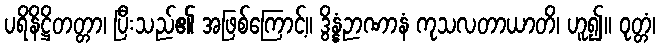
ပရိနိဋ္ဌိတတ္တာ၊ ပြီးသည်၏ အဖြစ်ကြောင့်။ ဒွိန္နံဉာဏာနံ ကုသလတာယာတိ၊ ဟူ၍။ ဝုတ္တံ၊